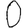
Digit: 0